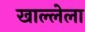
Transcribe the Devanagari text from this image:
खाल्लेला